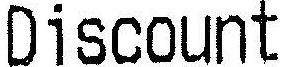
DISCOUNT